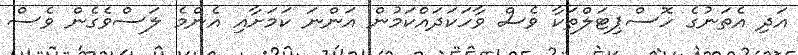
އަދި އެތަނުގެ ހޮސްޕިޓަލްތަކާ ވެސް ވާހަކަދައްކަމުން އަންނަ ކަމަށާއި އެންމެ ލަސްވެގެން ވެސް